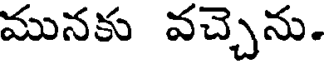
మునకు వచ్చెను.